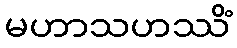
မဟာသဟဿိံ